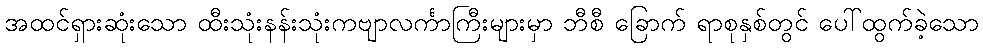
အထင်ရှားဆုံးသော ထီးသုံးနန်းသုံးကဗျာလင်္ကာကြီးများမှာ ဘီစီ ခြောက် ရာစုနှစ်တွင် ပေါ်ထွက်ခဲ့သော